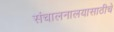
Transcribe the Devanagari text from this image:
संचालनालयासाठीचे